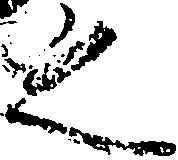
之